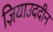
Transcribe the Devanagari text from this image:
ज़ियाउददीन